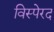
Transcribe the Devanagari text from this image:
विस्पेरद